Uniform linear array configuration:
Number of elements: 32
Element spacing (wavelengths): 1
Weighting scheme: blackman
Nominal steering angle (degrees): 30
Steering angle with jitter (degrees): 31.678
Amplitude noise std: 0.05
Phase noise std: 0.05

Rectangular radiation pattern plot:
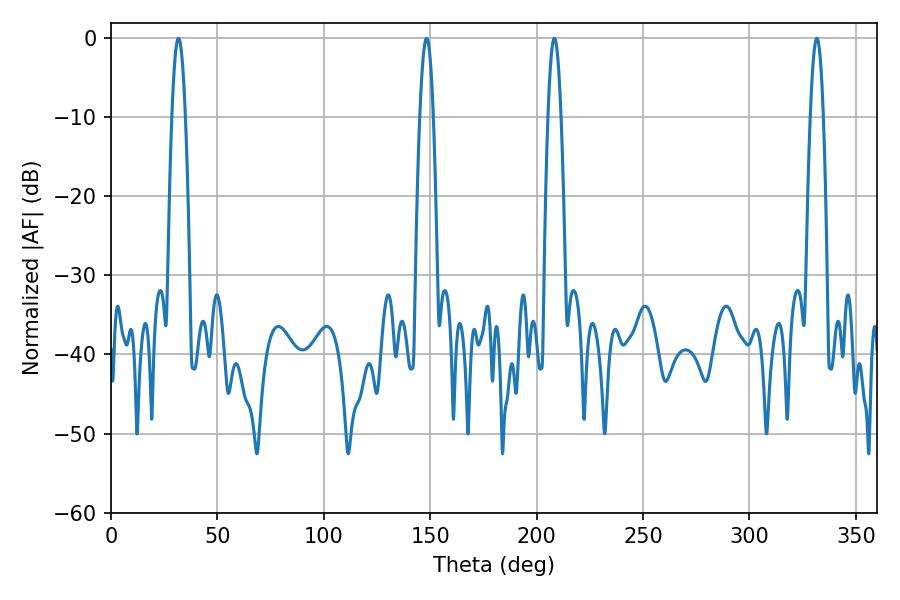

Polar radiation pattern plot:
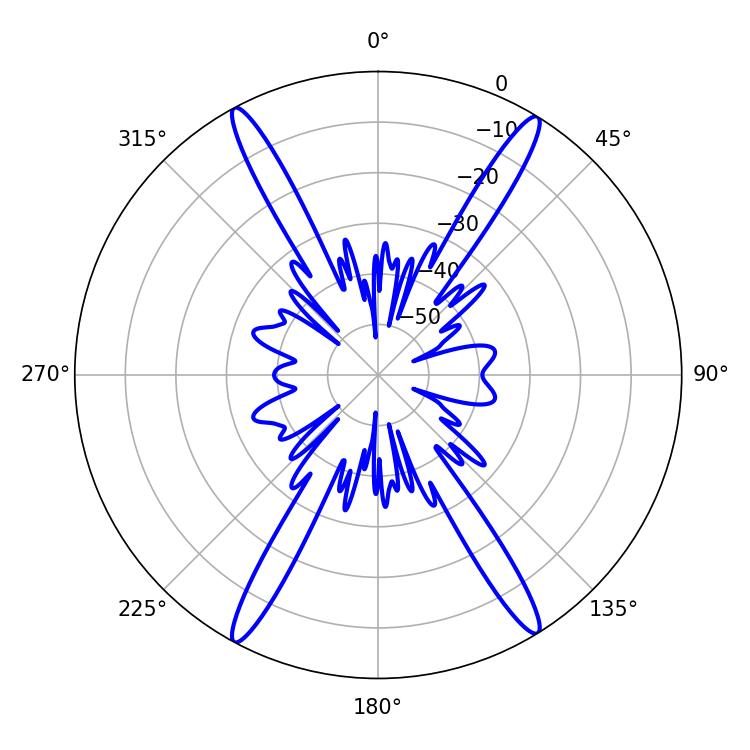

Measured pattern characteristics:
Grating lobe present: TRUE
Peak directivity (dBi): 23.578
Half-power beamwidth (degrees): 3.42
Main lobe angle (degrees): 31.68